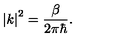
\left| k \right| ^ { 2 } = \frac \beta { 2 \pi \hbar } .